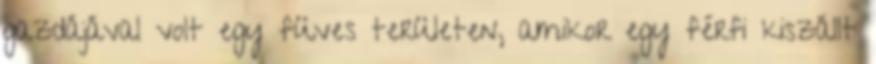
gazdájával volt egy füves területen, amikor egy férfi kiszállt